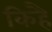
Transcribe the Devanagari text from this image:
किहै